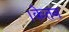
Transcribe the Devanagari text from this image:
।केतन